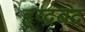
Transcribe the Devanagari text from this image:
ह्य्द्रबद